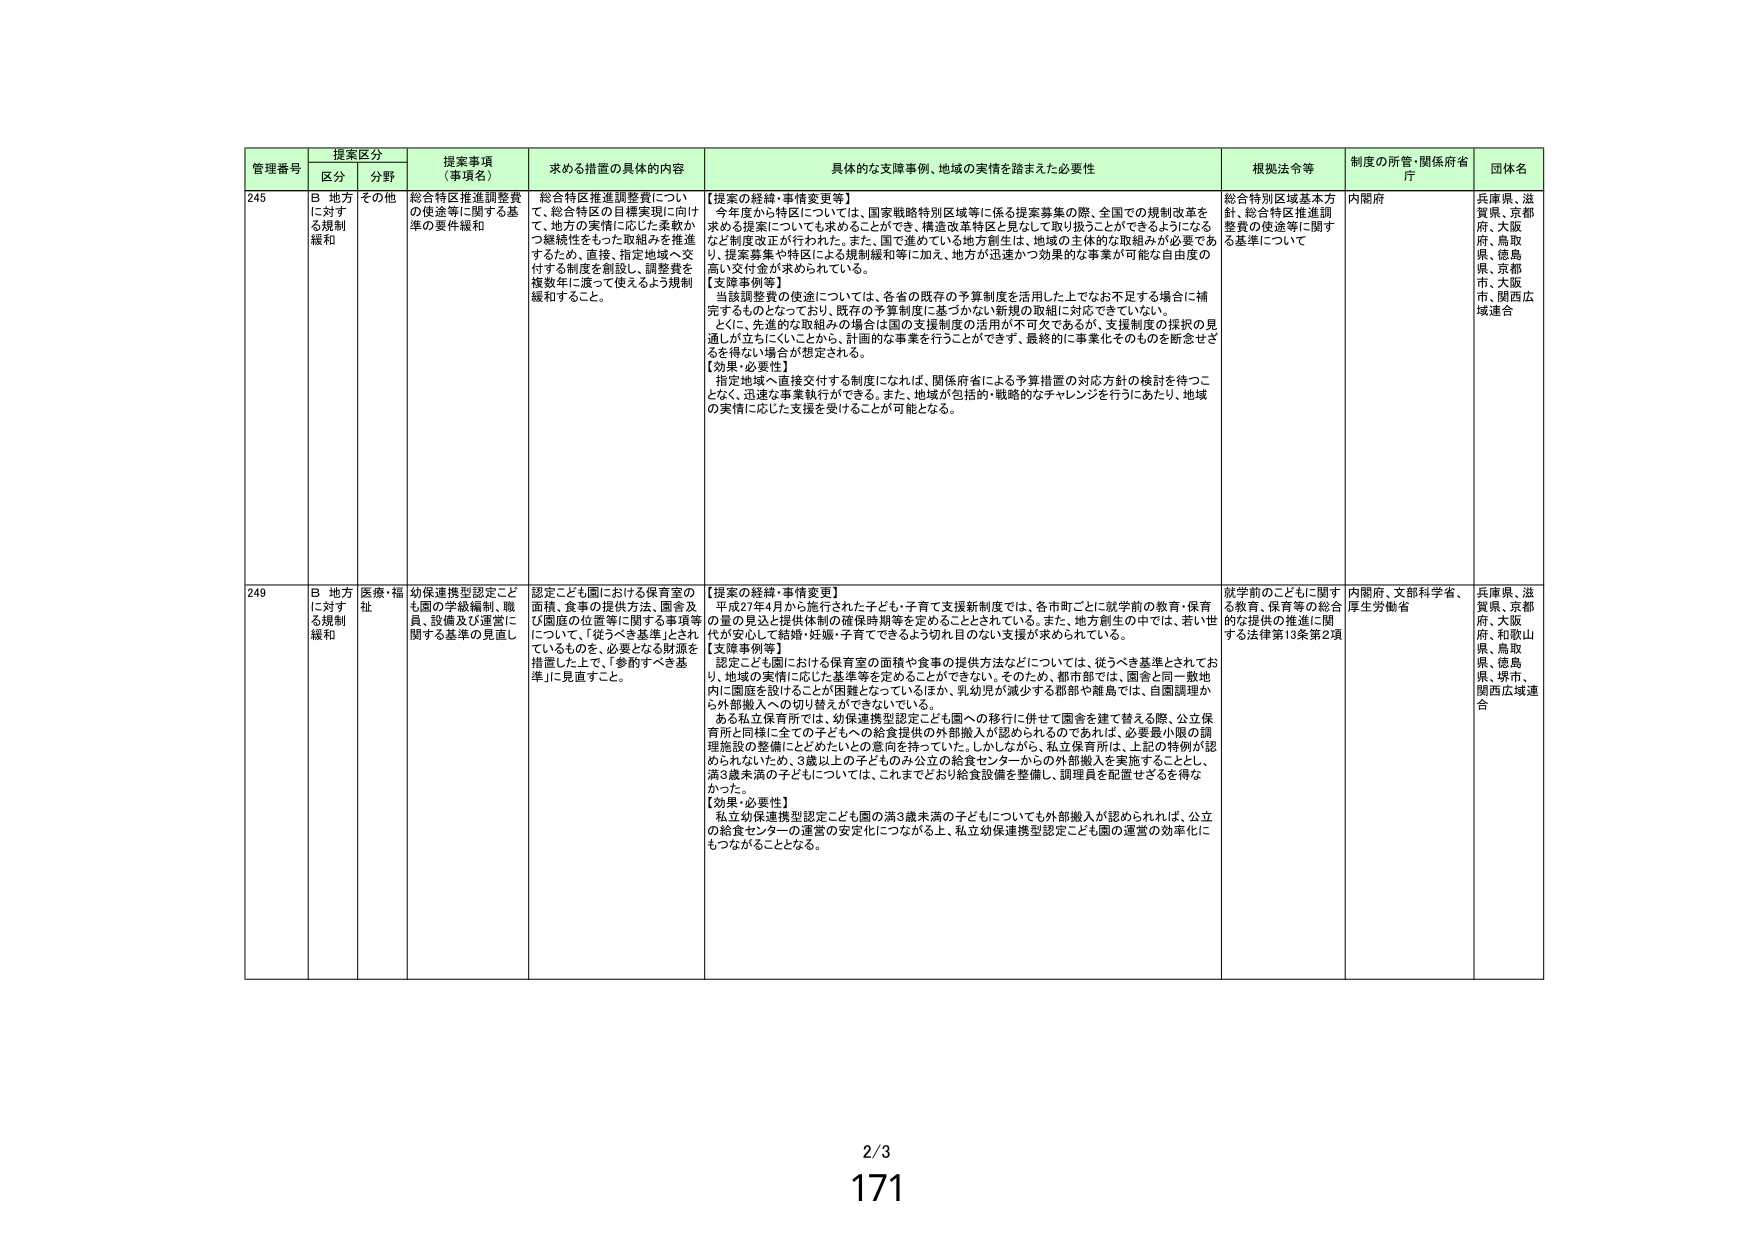
管理番号 提案区分 提案事項（事項名） 求める措置の具体的内容 具体的な支援事例、地域の実情を踏まえた必要性 根拠法令等 制度の所管・関係府省庁 団体名
区分 分野
245 B 地方に対する規制緩和 その他 総合特区推進調整費の使途等に関する基準の要件緩和 総合特区推進調整費について、総合特区の目標実現に向けて、地方の実情に応じた柔軟かつ継続性をもった取組みを推進するため、直接、指定地域へ交付する制度を創設し、調整費を複数年に渡って使えるよう規制緩和すること。 【提案の経緯・事情変更】 今年度から特区については、国家戦略特別区域等に係る提案募集の際、全国での規制改革を求める提案についても求めることができ、構造改革特区と見なして取り扱うことができるようになるなど制度改正が行われた。また、国で進めている地方創生は、地域の主体的な取組みが必要である。提案事業や特区による規制緩和等に加え、地方が迅速かつ効果的な事業が可能な自由度の高い交付金が求められている。 【支援事例等】 当該調整費の使途については、各省の既存の予算制度を活用した上でなお不足する場合に補完するものとなっており、既存の予算制度に基づかない新規の取組に対応できていない。 とくに、先進的な取組みの場合は国の支援制度の活用が不可欠であるが、支援制度の探求の見通しが立ちにくいことから、計画的な事業を行うことができず、最終的に事業化そのものを断念せざるを得ない場合が想定される。 【効果・必要性】 指定地域へ直接交付する制度になれば、関係府省による予算措置の対応方針の検討を待つことなく、迅速な事業執行ができる。また、地域が包括的・戦略的なチャレンジを行うにあたり、地域の実情に応じた支援を受けることが可能となる。 総合特別区域基本方針、総合特区推進調整費の使途等に関する基準について 内閣府 兵庫県、滋賀県、京都府、大阪府、鳥取県、徳島県、京都府、大阪市、関西広域連合
249 B 地方に対する規制緩和 医療・福祉 幼保連携型認定こども園の学級編制、職員、設備及び運営に関する基準の見直し 認定こども園における保育室の面積、食事の提供方法、園舎及び園庭の位置等に関する事項等について、「従うべき基準」にされているものも、必要となる財源を措置した上で、「参酌すべき基準」に見直すこと。 【提案の経緯・事情変更】 平成27年4月から施行された子ども・子育て支援新制度では、各市町ごとに就学前の教育・保育の量の見込と提供体制の確保時期等を定めることとされている。また、地方創生の中では、若い世代が安心して結婚・妊娠・子育てできるよう切れ目のない支援が求められている。 【支援事例等】 認定こども園における保育室の面積や食事の提供方法などについては、従うべき基準とされており、地域の実情に応じた基準等を定めることができない。そのため、都市部では、園舎と同一敷地内に園庭を設けることが困難となっているほか、乳幼児が減少する都市や離島では、自園調理から外部搬入への切り替えができない。 ある私立保育所では、幼保連携型認定こども園への移行に併せて園舎を建て替える際、公立保育所と同様に全ての子どもへの給食提供の外部搬入が認められるのであれば、必要最小限の調理施設の整備にとどめたいとの意向を持っていた。しかしながら、私立保育所は、上記の特例が認められないため、3歳以上の子どものみ公立の給食センターからの外部搬入を実施することとし、満3歳未満の子どもについては、これまでどおり給食設備を整備し、調理員を配置せざるを得なかった。 【効果・必要性】 私立幼保連携型認定こども園の満3歳未満の子どもについても外部搬入が認められれば、公立の給食センターの運営の安定化につながる上、私立幼保連携型認定こども園の運営の効率化にもつながることとなる。 就学前のこどもに関する教育、保育等の総合的な支援の推進に関する法律第13条第2項 内閣府、文部科学省、厚生労働省 兵庫県、滋賀県、京都府、大阪府、和歌山県、鳥取県、徳島県、堺市、関西広域連合
2/3
171